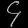
Digit: ၄